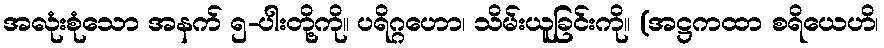
အလုံးစုံသော အနက် ၅-ပါးတို့ကို။ ပရိဂ္ဂဟော၊ သိမ်းယူခြင်းကို။ (အဋ္ဌကထာ စရိယေဟိ၊